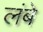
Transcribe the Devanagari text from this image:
लंबे